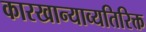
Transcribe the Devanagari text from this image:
कारखान्याव्यतिरिक्त